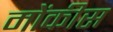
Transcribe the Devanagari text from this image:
मोंकीस